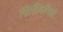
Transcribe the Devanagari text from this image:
सिलिकॉनही